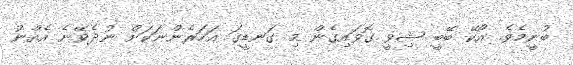
ބުނީމެވެ. އޯކޭ ބޭބީ ޝިވީ ގޮވައިގެން މި ގަނޑީގަ އަހަރެންނަކަށް ނުދެވޭނެ އެއްނު